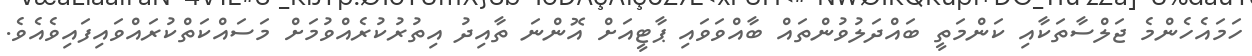
ހަމައެހެންމެ ޖަލްސާތަކާއި ކަންމަތީ ބައްދަލުވުންތައް ބާއްވަވައި ޕާޓީއަށް އޮންނަ ތާއިދު އިތުރުކުރެއްވުމަށް މަސައްކަތްކުރައްވައިފައިވެއެވެ.